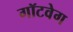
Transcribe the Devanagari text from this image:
गॉटवेग